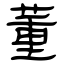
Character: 董